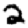
Digit: 2